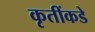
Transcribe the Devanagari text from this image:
कृतींकडे